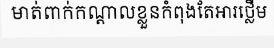
មាត់ពាក់កណ្តាលខ្លួនកំពុងតែអារថ្លើម